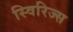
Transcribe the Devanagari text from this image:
स्विरिज्स